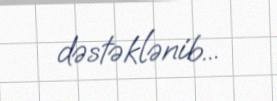
dəstəklənib...